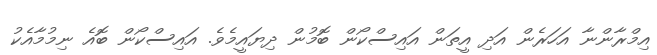
އިމްރާންނާ އަހަރެން އަދި އީތަން އައިސްކޯން ބޮމުން ދިޔައީމެވެ. އައިސްކޯން ބޮއެ ނިމުމާއެކު